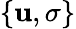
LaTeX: \{ \mathbf{u},\sigma\}